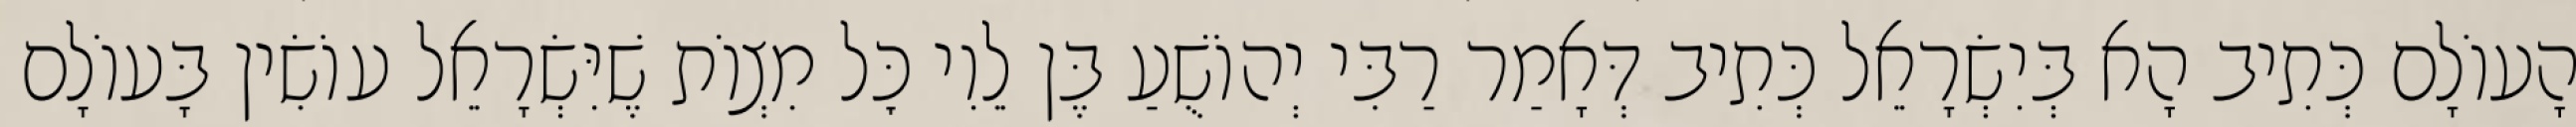
הָעוֹלָם כְּתִיב הָא בְּיִשְׂרָאֵל כְּתִיב דְּאָמַר רַבִּי יְהוֹשֻׁעַ בֶּן לֵוִי כׇּל מִצְוֹת שֶׁיִּשְׂרָאֵל עוֹשִׂין בָּעוֹלָם